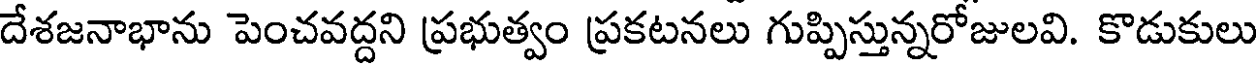
దేశజనాభాను పెంచవద్దని ప్రభుత్వం ప్రకటనలు గుప్పిస్తున్నరోజులవి. కొడుకులు